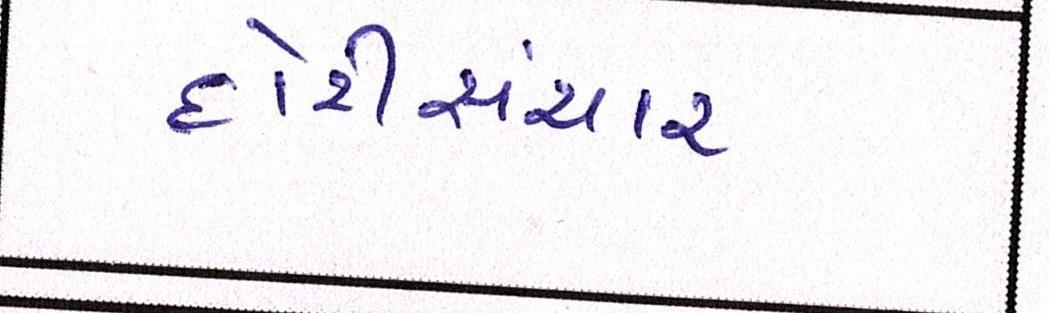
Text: દોરીસંચાર